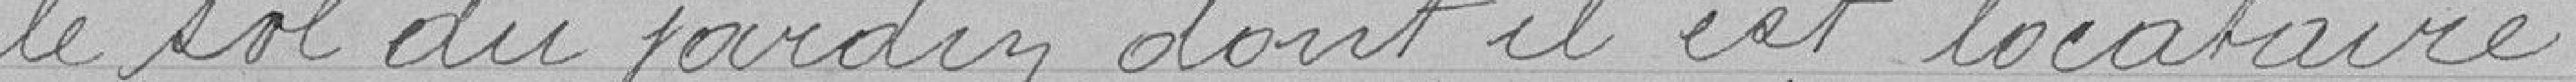
le sol du jardin dont il est locataire .